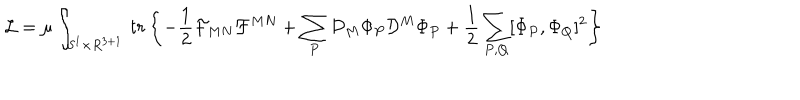
{ \cal L } = \mu \int _ { S ^ { 1 } \times R ^ { 3 + 1 } } \, t r \left\{ - \frac { 1 } { 2 } { \cal F } _ { M N } { \cal F } ^ { M N } + \sum _ { P } { \cal D } _ { M } \Phi _ { P } { \cal D } ^ { M } \Phi _ { P } + \frac { 1 } { 2 } \sum _ { P , Q } [ \Phi _ { P } , \Phi _ { Q } ] ^ { 2 } \right\}